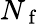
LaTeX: N_{\mathrm{~f~}}